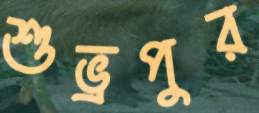
শুভ্রপুর